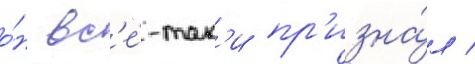
о́н вс'е́-так'и пр'изна́л /